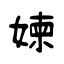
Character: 媡